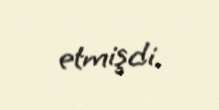
etmişdi.